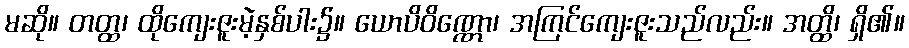
မဆို။ တတ္ထ၊ ထိုကျေးဇူးမဲ့နှစ်ပါး၌။ ယောပိဝိဏ္ဏော၊ အကြင်ကျေးဇူးသည်လည်း။ အတ္ထိ၊ ရှိ၏။